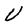
Character: V